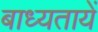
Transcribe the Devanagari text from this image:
बाध्यतायें